Report of the Municipal Commissioner on the plague in Bombay for the year ending 31st May... - Volume 3
Disease focus: Plague
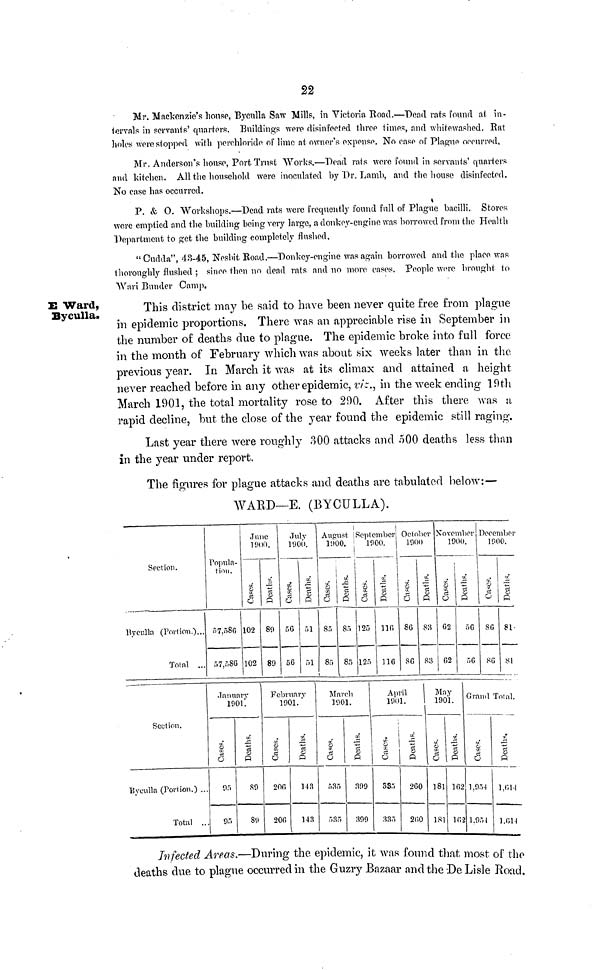
22
Mr. Mackenzie's house, Byculla Saw Mills, in Victoria Road.—Dead rats found at in-
tervals in servants' quarters. Buildings were disinfected three times, and whitewashed. Eat
holes were stopped with perchloride of lime at owner's expense. No ease of Plague occurred,
Mr. Anderson's house, Port Trust Works.—Dead rats were found in servants' quarters
and kitchen. All the household were inoculated by Dr. Lamb, and the house disinfected.
No case has occurred.
P. & 0. Workshops.—Dead rats were frequently found full of Plague bacilli. Stores
were emptied and the building being very large, a donkey-engine was borrowed from the Health
Department to get the building completely flushed,
"Cudda", 43-45, Nesbit Road.—Donkey-engine was again borrowed and the place was
thoroughly flushed ; since then no dead rats and no more cases. People were brought to
Wari Bunder Camp.
E Ward,
Byculla.
This district may be said to have been never quite free from plague
in epidemic proportions. There was an appreciable rise in September in
the number of deaths due to plague. The epidemic broke into full force
in the month of February which was about six weeks later than in the
previous year. In March it was at its climax and attained a height
never reached before in any other epidemic, viz., in the week ending 19th
March 1901, the total mortality rose to 290. After this there was a
rapid decline, but the close of the year found the epidemic still raging.
Last year there were roughly 300 attacks and 500 deaths less than
in the year under report.
The figures for plague attacks and deaths are tabulated below:—
WARD—E. (BYCULLA).
Section.
Byculla (Portion.)...
Total ...
Popula-
tion.
57,586
57,586
June
1900
Cases.
102
102
Deaths.
89
89
July
11)00.
Cases.
5G
56
Deaths.
51
August
1900.
Cases.
85
85
Deaths.
8»
85
September
1900.
Cases.
125
125
Deaths.
I—I
116
October
1900
Cases.
86
86
Deaths.
S3
83
November
1900.
Cases.
62
62
Deaths.
56
56
December
1000.
Cases.
86
86
Deaths.
81.
81
Section.
Byculla (Portion.) ...
Total ..
January
1901'.
Cases.
95
95
Deaths.
89
Sí)
February
1901.'
Cases.
206
206
Deaths.
143
143
March
1901.
Cases.
535
535
Deaths.
399
399
April
1901.
Cases.
335
335
Deaths.
260
260
May
1901.
Cases.
181
181
Deaths.
162
162
Grand Total.
Cases.
1,954
1.954
Deaths.
1,614
1.614
Infected Areas.—During the epidemic, it was found that most of the
deaths due to plague occurred in the Guzry Bazaar and the De Lisle Road.